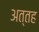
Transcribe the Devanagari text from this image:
अत्तह